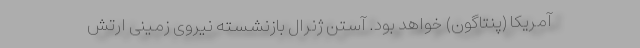
آمریکا (پنتاگون) خواهد بود. آستن ژنرال بازنشسته نیروی زمینی ارتش